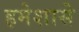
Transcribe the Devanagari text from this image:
हमेशासे